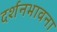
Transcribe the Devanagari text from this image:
दर्शनभावना